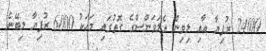
24000 ރުފިޔާ އާއި ލިވިން އެލަވަންސްގެ ގޮތުގައި މަހަކު 6000 ރުފިޔާ ލިބޭނެ